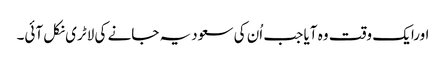
اورایک وقت وہ آیا جب اُن کی سعودیہ جانے کی لاٹری نکل آئی۔